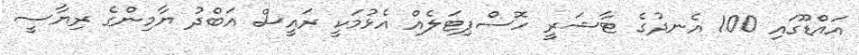
އައްޑޫގައި 100 އެނދުގެ ޓާޝަރީ ހޮސްޕިޓަލެއް އެޅުމަކީ ރައީސް އަބްދު ޔާމިންގެ ރިޔާސީ